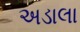
અડાલા